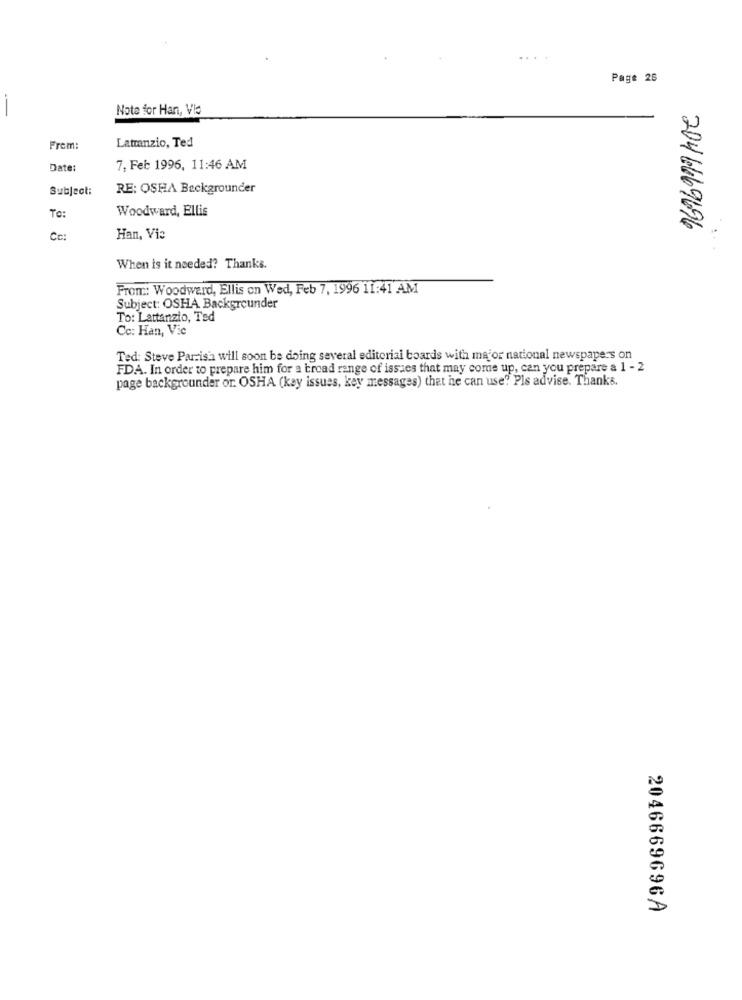
Page 26
--
Note for Han, Via
From:
Lattanzio, Ted
Date:
7. Feb 1996, 11:46 AM
Subject:
RE: OSHA Backgrounder
Woodward, Ellis
To:
2046669696
Cc:
Han, Vie
When is it needed? Thanks.
From: Woodward, Ellis on Wed, Feb 7, 1996 11:41 AM
Subject: OSHA Backgrounder
To: Lattanzio, Ted
Cc: Han, Vie
Ted: Steve Parrish will soon be doing several editorial boards with major national newspapers on
FDA. In order to prepare him for a broad range of issues that may come up, can you prepare a 1 - 2
page backgrounder or. OSHA (key issues, key messages) that he can use? Pls advise. Thanks.
2046669696A